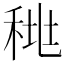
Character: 𰨪